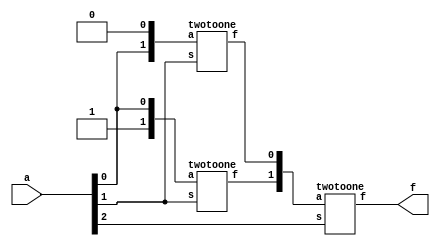
module main(a,f);
	input [2:0] a;
	output f;
	wire h,g;
	twotoone stage0({a[0],1'b0},a[1],g);
	twotoone stage1({1'b1,a[0]},a[1],h);
	twotoone stage2({h,g},a[2],f);
endmodule

module twotoone(a,s,f);
	input [1:0] a;
	input s;
	output f;
	reg f;
	always @(a,s)
	begin
		case(s)
			0: f = a[0];
			1: f = a[1];
		endcase
	end
endmodule